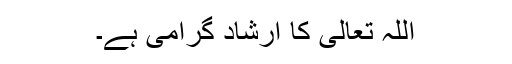
اللہ تعالیٰ کا ارشاد گرامی ہے۔